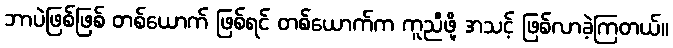
ဘာပဲဖြစ်ဖြစ် တစ်ယောက် ဖြစ်ရင် တစ်ယောက်က ကူညီဖို့ အသင့် ဖြစ်လာခဲ့ကြတယ်။